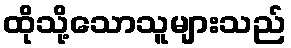
ထိုသို့သောသူများသည်